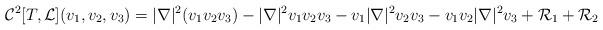
LaTeX: \begin{align*} \mathcal{C}^2[T, \mathcal{L}](v_{1}, v_{2}, v_{3})= |\nabla |^2(v_{1} v_{2} v_{3}) - |\nabla|^2 v_{1} v_{2} v_{3} - v_{1}| \nabla |^2 v_{2} v_{3 }- v_{1} v_{2} | \nabla |^2 v_{3}+ \mathcal{R}_{1}+ \mathcal{R}_{2} \end{align*}